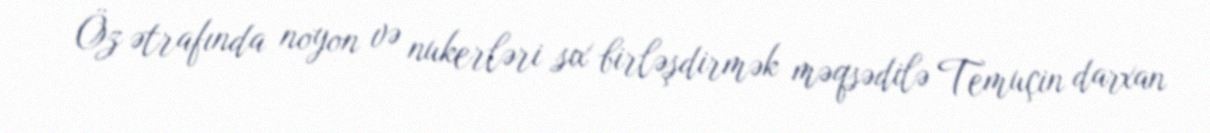
Öz ətrafında noyon və nukerləri sıx birləşdirmək məqsədilə Temuçin darxan